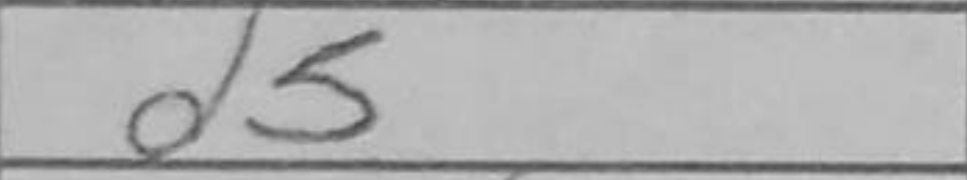
Transcription: d5